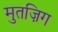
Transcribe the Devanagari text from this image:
मुतज़िग